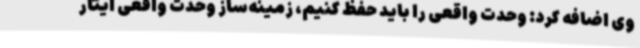
وی اضافه کرد: وحدت واقعی را باید حفظ کنیم،‌ زمینه‌ساز وحدت واقعی ایثار